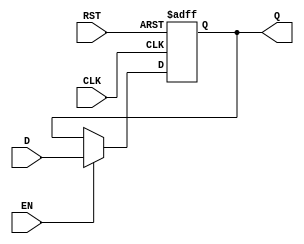
module PipelineBuffer (
    input wire D,        // Data Input
    input wire CLK,      // Clock Signal
    input wire EN,       // Enable Signal
    input wire RST,      // Asynchronous Reset
    output reg Q         // Data Output
);

// Asynchronous Reset and Latching Mechanism
always @(posedge CLK or posedge RST) begin
    if (RST) begin
        Q <= 1'b0;      // Reset output to 0
    end else if (EN) begin
        Q <= D;         // Latch data on clock edge if enabled
    end
    // If EN is not asserted, Q retains its previous value
end

endmodule